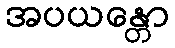
အပယန္တော